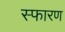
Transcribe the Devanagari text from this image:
स्फारण